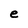
Character: e